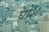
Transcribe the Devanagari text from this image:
घोश